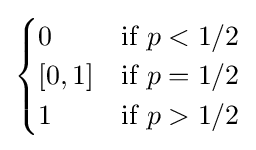
{\begin{cases}0&{\text{if }}p<1/2\\\left[0,1\right]&{\text{if }}p=1/2\\1&{\text{if }}p>1/2\end{cases}}